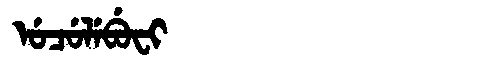
Manchu: ᡠᠴᡠᠯᡝᠪᡠᠸᡳ
Romanization: UCULEBUFI